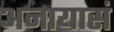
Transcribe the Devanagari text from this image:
अनायासं